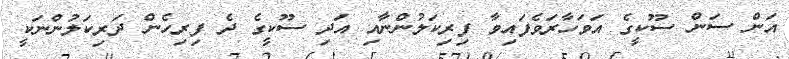
އަން ސަން ސޫކީގެ އަވަހާރަވެފައިވާ ފިރިކަލުންނާއި އަދި ސޫކީގެ ދެ ފިރިހެން ދަރިކަލުންނަކީ